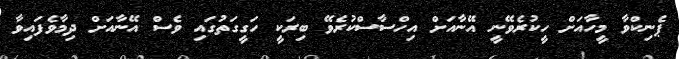
ޕެނިކްވާ މީހާއަށް ހީކުރެވޭނީ އޭނާއަށް އިހްސާސްކުރެވޭ ބިރަކީ ހަގީގަތުގައި ވެސް އޭނާއަށް ދިމާވެފައިވާ